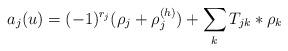
LaTeX: \begin{align*}a_j(u)=(-1)^{r_j}(\rho_j+\rho_j^{(h)})+\sum_kT_{jk}\ast\rho_k\end{align*}